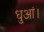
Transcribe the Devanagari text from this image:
धुआं।